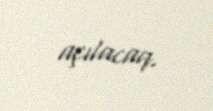
açılacaq.